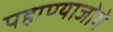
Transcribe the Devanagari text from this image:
पहाण्याजोगे